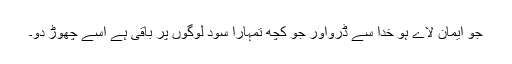
جو ایمان لاے ہو خدا سے ڈرواور جو کچھ تمہارا سود لوگوں پر باقی ہے اسے چھوڑ دو۔